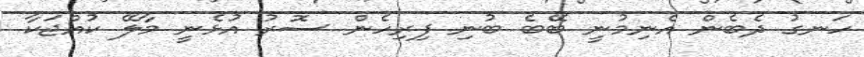
ހަނގު ދެބެން އެނިމުނީ ބޭބެ ބުނި ފިރިހެން ސޮރު އުޅެނީ މާލޭ ކުއްޖަކާ